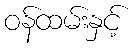
ဝန်ထမ်းနှင့်